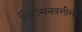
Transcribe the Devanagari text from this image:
सिंहासनबत्तीसी